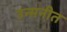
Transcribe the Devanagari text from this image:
उन्मनीत